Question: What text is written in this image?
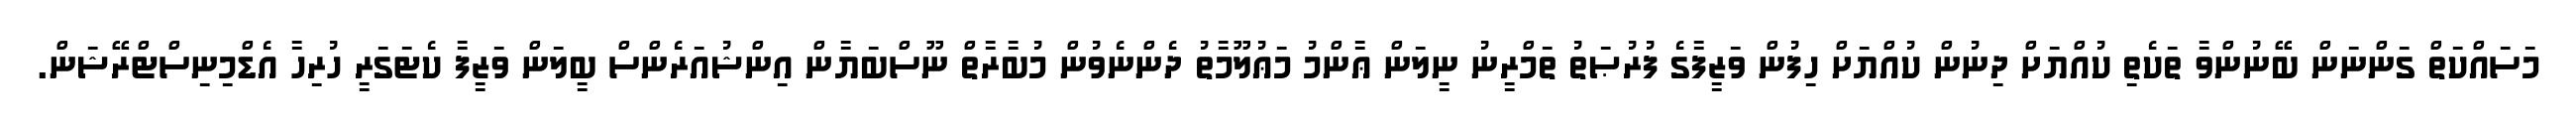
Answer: މަސައްކަތް ގަންނަން ބޭނުންވާ ތަކެތި ކުއްޔަށް ދިނުން ކުއްޔަށް ހިފުން ވަޒީފާގެ ފުރުޞަތު ތަމްރީނު ނީލަން ޢާންމު މަޢުލޫމާތު ދެންނެވުން މުބާރާތް ނޫސްބަޔާން އިންޝުއަރެންސް ބީލަން ވަޒީފާ ކެޓަގަރީ ހުރިހާ އެޑްމިނިސްޓްރޭޝަން.